Memorandum on the prevention of leprosy by segregation of the affected
Disease focus: Leprosy
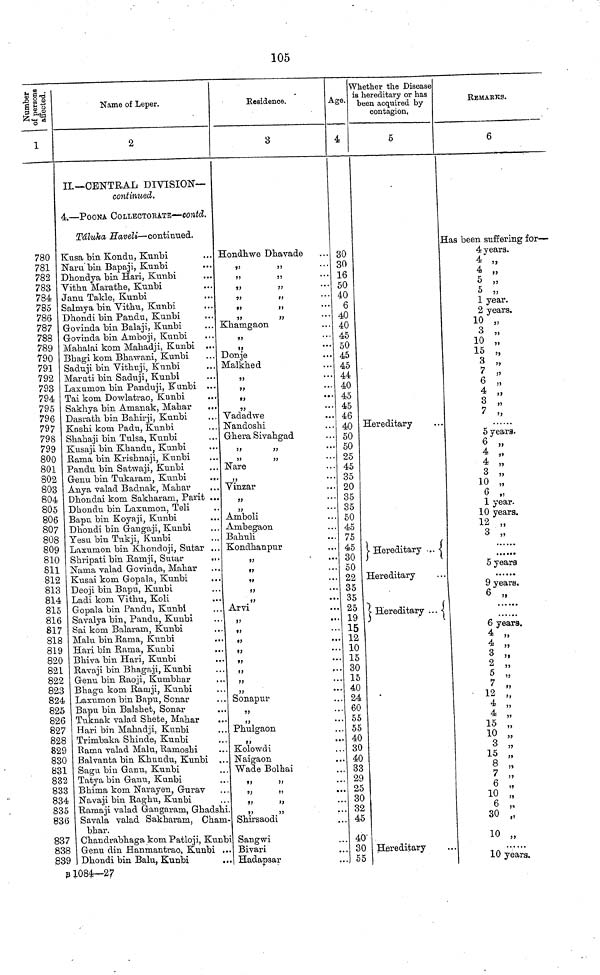
105
Number of affected.
780
781
782
783
784
785
786
787
788
789
790
791
792
793
794
795
796
797
793
799
800
801
802
803
804
805
806
807
808
809
810
811
812
813
814
815
816
817
818
819
820
821
822
823
824
825
826
827
828
829
830
831
832
833
834
835
836
837
838
839
B
Name of Leper.
2
II.—CENTRAL DIVISION—
continued.
4.—POONA COLLECTORATE—contd.
Tâluka Haveli—continued.
Kusa bin Kondu, Kunbi
Naru bin Bapaji, Kunbi
...
Dhondya bin Hari, Kunbi
Vithu Marathe, Kunbi
Janu Takle, Kunbi
Salmya bin Vithu, Kunbi
Dhondi bin Pandu, Kunbi
Govinda bin Balaji, Kunbi
Govinda bin Amboji, Kunbi
Mahalai kom Mahadji, Kunbi ...
Bhagi kom Bhawani, Kunbi
Saduji bin Vithuji, Kunbi
Maruti bin Saduji, Kunbi
Laxumon bin Panduji, Kunbi ...
Tai kom Dowlatrao, Kunbi
Sakhya bin Amanak, Mahar
...
Dasrath bin Bahirji, Kunbi
Kashi kom Padu, Kunbi
Shahaji bin Tulsa, Kunbi
Kusaji bin Khandu, Kunbi
Rama bin Krishnaji, Kunbi
Pandu bin Satwaji, Kunbi
Genu bin Tukaram, Kunbi
...
Anya valad Badnak, Mahar
Dhondai kom Sakharam, Parit ...
Dhondu bin Laxumon, Teli
Bapu bin Koyaji, Kunbi
Dhondi bin Gangaji, Kunbi
Yesu bin Tukji, Kunbi
Laxumon bin Khondoji, Sutar ...
Shripati bin Ramji, Sutar
Nama valad Govinda, Mahar
Kusai kom Gopala, Kunbi
...
Deoji bin Bapu, Kunbi
Ladi kom Vithu, Koli
Gopala bin Pandu, Kunbi
Savalya bin, Pandu, Kunbi
Sai kom Balaram, Kunbi
Malu bin Rama, Kunbi
Hari bin Rama, Kunbi
Bhiva bin Hari, Kunbi
Ravaji bin Bhagaji, Kunbi
Genu bin Raoji, Kumbhar
Bhagu kom Ramji, Kunbi
Laxumon bin Bapu, Sonar
Bapu bin Balshet, Sonar
Tuknak valad Shete, Mahar
Hari bin Mahadji, Kunbi
Trimbaka Shinde, Kunbi
Rama valad Malu, Ramoshi
Balvanta bin Khundu, Kunbi
Sagu bin Ganu, Kunbi
Tatya bin Ganu, Kunbi
Bhima kom Narayen, Gurav
Navaji bin Raghu, Kunbi
Ramaji valad Gangaram, Ghadshi
Savala valad Sakharam, Cham
bhar.
Chandrabhaga kom Patloji, Kunbi
Genu din Hanmantrao, Kunbi .
Dhondi bin Balu, Kunbi
1084—27
Residence.
3
Hondhwe Dhavade
,, ,,
,, ,,
,, ,,
,, ,,
,, ,,
Khamgaon
„
„
Donje
Malkhed
„
„
„
Vadadwe
Nandoshi
Ghera Sivahgad
,, ,,
,, ,,
Nare
,,
...
Vinzar
„
Amboli
Ambegaon
Bahuli
Kondhanpur
„
t)
••
„
„
Arvi
„
„
„
„
„
„
Sonapur
Phulgaon
Kolowdi
Naigaon
Wade Bolhai
„ „
,, ,,
,, ,,
Shirsaodi
Sangwi
Bivari
Hadapsar
Age.
30
30
16
50
40
6
40
40
45
50
45
45
44
40
45
45
46
40
50
50
25
45
35
20
35
35
50
45
75
45
30
50
22
35
25
19
15
12
10
15
30
15
40
24
60
55
55
40
30
40
32
29
25
30
32
45
40
30
55
Whether the Disease
is hereditary or has
been acquired by
contagion,
5
Hereditary
Hereditary
Hereditary
Hereditary .
Hereditary
REMARKS.
6
Has been suffering for—
4 years.
4 ,,
4 „
5 „
5 „
1 year.
2 years.
10 „
3 „
10 „
15 „
3 „
7 „
6 „
4 „
3 „
7 „
5 years.
6 „
4 „
4 „
3 „
10 „
6 „
1 year.
10 years.
12 „
3 „
5 years.
9 years.
6 „
6 years.
4 „
4 „
3 „
2 „
7 „
12 „
4 „
15 „
10 „
3 „
15 „
8 „
7 „
6 „
10 „
6
„
30 „
10 „
10 years.